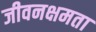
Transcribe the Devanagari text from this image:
जीवनक्षमता